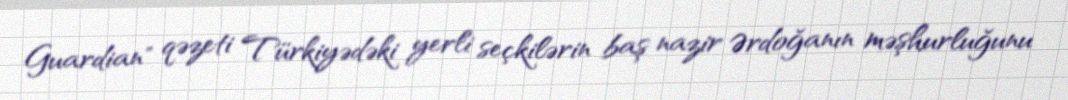
Guardian" qəzeti Türkiyədəki yerli seçkilərin baş nazir Ərdoğanın məşhurluğunu